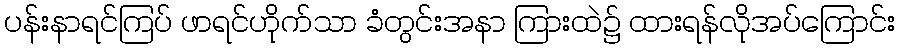
ပန်းနာရင်ကြပ် ဖာရင်ဟိုက်သာ ခံတွင်းအနာ ကြားထဲ၌ ထားရန်လိုအပ်ကြောင်း